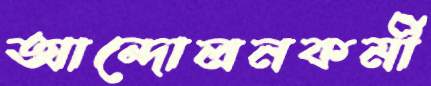
আন্দোলনকর্মী